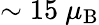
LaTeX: \sim 15~\mu_{\mathrm{B}}